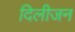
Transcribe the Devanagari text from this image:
दिलीजन